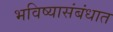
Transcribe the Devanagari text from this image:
भविष्यासंबंधात